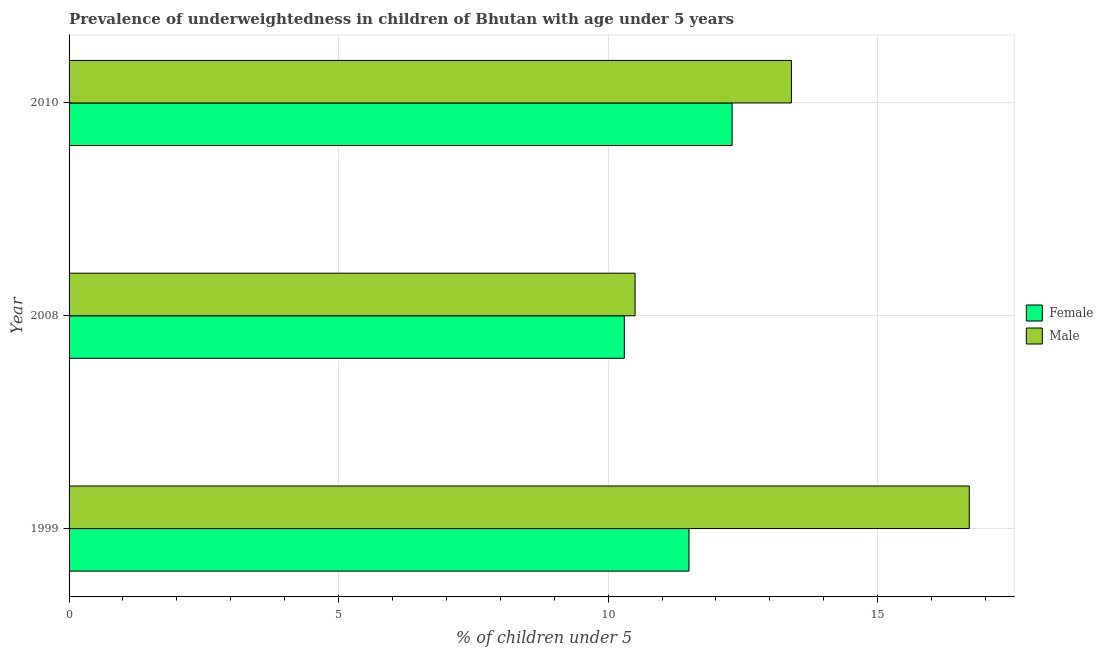
| Year | Female | Male |
 | --- | --- | --- |
 | 1999 | 11.5 | 16.7 |
 | 2008 | 10.3 | 10.5 |
 | 2010 | 12.3 | 13.4 |